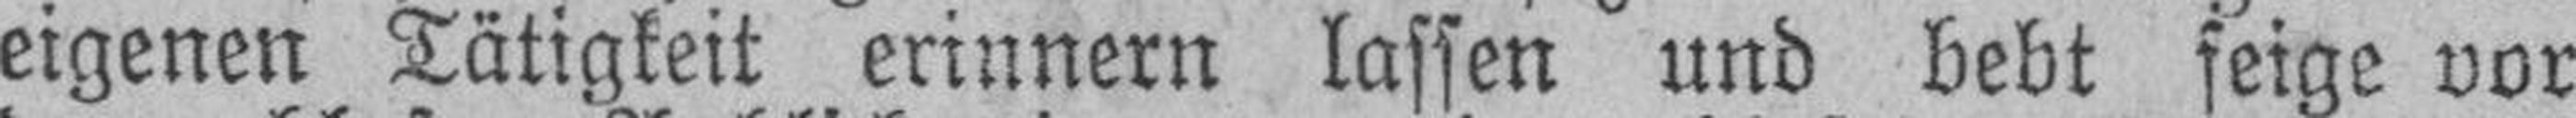
eigenen Tätigkeit erinnern lassen und bebt feige vor